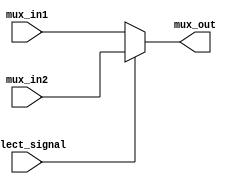
module MUX_ECALL(mux_in1, mux_in2, select_signal, mux_out);
    input [4:0] mux_in1; 
    input [4:0] mux_in2; 
    input select_signal;
    output [4:0] mux_out;

    assign mux_out = (select_signal) ? mux_in2 : mux_in1; 

endmodule